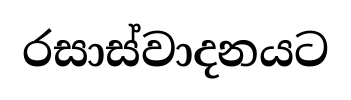
රසාස්වාදනයට